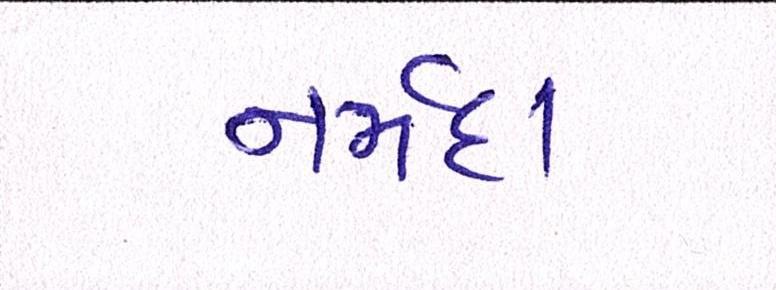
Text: નર્મદા